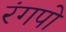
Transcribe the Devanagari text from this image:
रंगपो